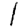
Digit: 1